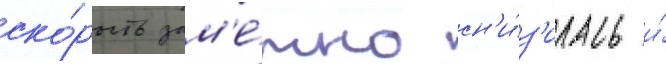
ско́рость зам'е́тно сн'и́з'илась и́